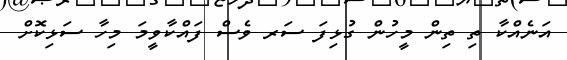
އަނެއްކާ ތި ތިން މީހުން ގުޅިފަ ސަރ ވެސް ފައްކާވީމަ މިހާ ސަޅިކޮށް